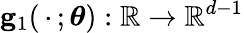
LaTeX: \mathbf{g}_{1}(\, \cdot\, ;\boldsymbol{\theta}):\mathbb{R}\to\mathbb{R}^{d-1}